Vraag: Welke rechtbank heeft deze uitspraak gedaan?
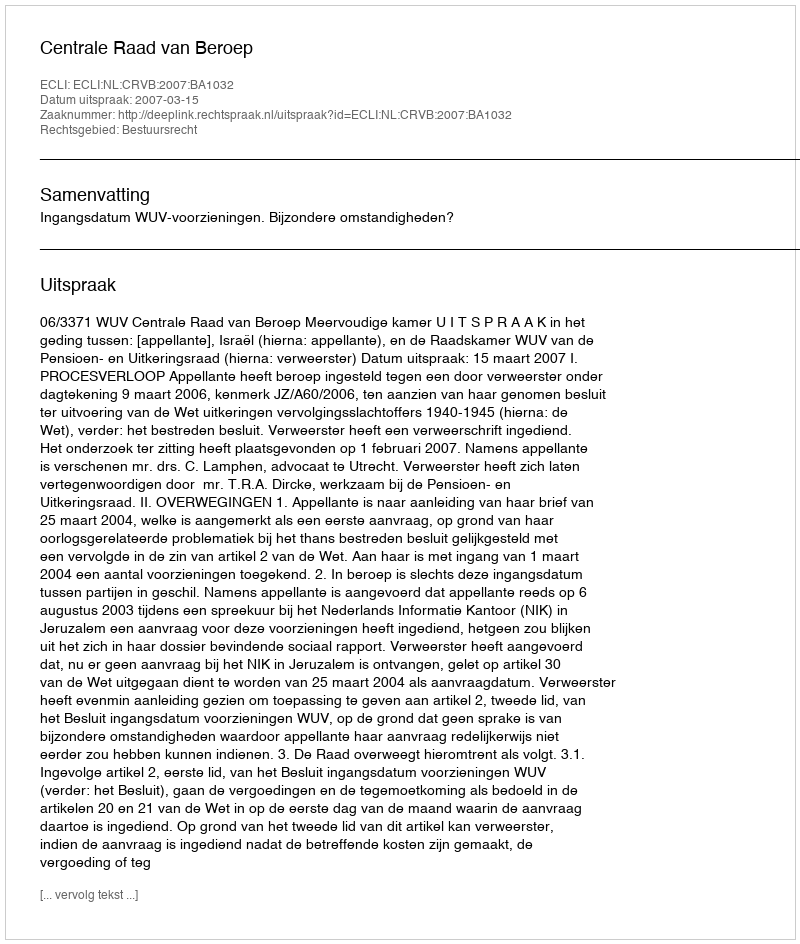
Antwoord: Centrale Raad van Beroep